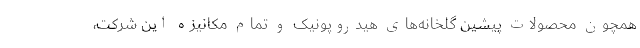
همچون محصولات پیشین گلخانه‌های هیدروپونیک و تمام مکانیزه این شرکت،